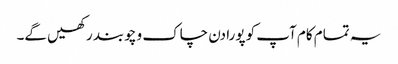
یہ تمام کام آپ کو پورا دن چاک و چوبند رکھیں گے۔